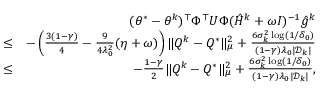
\begin{array} { r l r } & { } & { ( \theta ^ { * } - \theta ^ { k } ) ^ { \top } \Phi ^ { \top } U \Phi ( \hat { H } ^ { k } + \omega I ) ^ { - 1 } \hat { g } ^ { k } } \\ & { \leq } & { - \left( \frac { 3 ( 1 - \gamma ) } { 4 } - \frac { 9 } { 4 \lambda _ { 0 } ^ { 2 } } ( \eta + \omega ) \right) \| Q ^ { k } - Q ^ { * } \| _ { \mu } ^ { 2 } + \frac { 6 \sigma _ { k } ^ { 2 } \log ( 1 / \delta _ { 0 } ) } { ( 1 - \gamma ) \lambda _ { 0 } | \mathcal { D } _ { k } | } } \\ & { \leq } & { - \frac { 1 - \gamma } { 2 } \| Q ^ { k } - Q ^ { * } \| _ { \mu } ^ { 2 } + \frac { 6 \sigma _ { k } ^ { 2 } \log ( 1 / \delta _ { 0 } ) } { ( 1 - \gamma ) \lambda _ { 0 } | \mathcal { D } _ { k } | } , } \end{array}